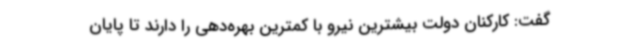
گفت: کارکنان دولت بیشترین نیرو با کمترین بهره‌دهی را دارند تا پایان